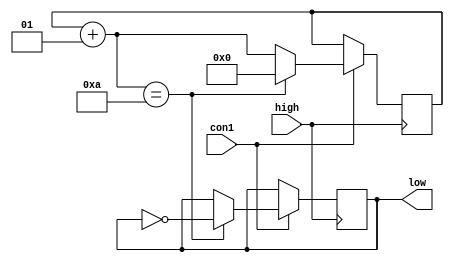
`timescale 1ns / 1ps
//////////////////////////////////////////////////////////////////////////////////
// Company: 
// Engineer: 
// 
// Design Name: 
// Module Name: dclk
// Project Name: 
// Target Devices: 
// Tool Versions: 
// Description: 
// 
// Dependencies: 
// 
// Revision:
// Revision 0.01 - File Created
// Additional Comments:
// 
//////////////////////////////////////////////////////////////////////////////////


module dclk(
    input high,
    input con1,
    output reg low //
    );
    integer count=0;
 
    initial low=0;
    always @(posedge high)
        begin
        if(con1==1) begin
                 count=count+1;
                 //if(count==800000)
                 if(count==10)// 
                            begin
                            count=0;
                            low=~low;
                            end
                 end
        end
endmodule